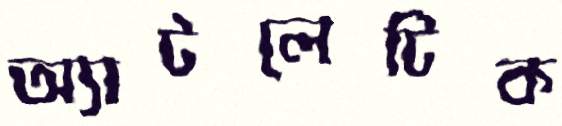
অ্যাটলেটিক